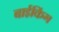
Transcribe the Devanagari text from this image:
बाईकिंग